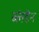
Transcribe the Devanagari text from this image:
ब्लंडेन